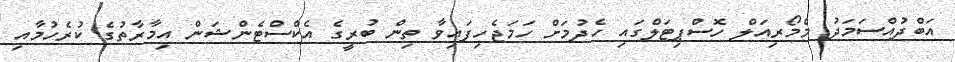
އަބްދުއްސަމަދު މެމޯރިއަލް ހޮސްޕިޓަލްގައި ހެދުމަށް ހަމަޖެހިފައިވާ ތިން ބުރީގެ އެކްސްޓެންޝަން އިމާރާތުގެ ކުރެހުމާއި